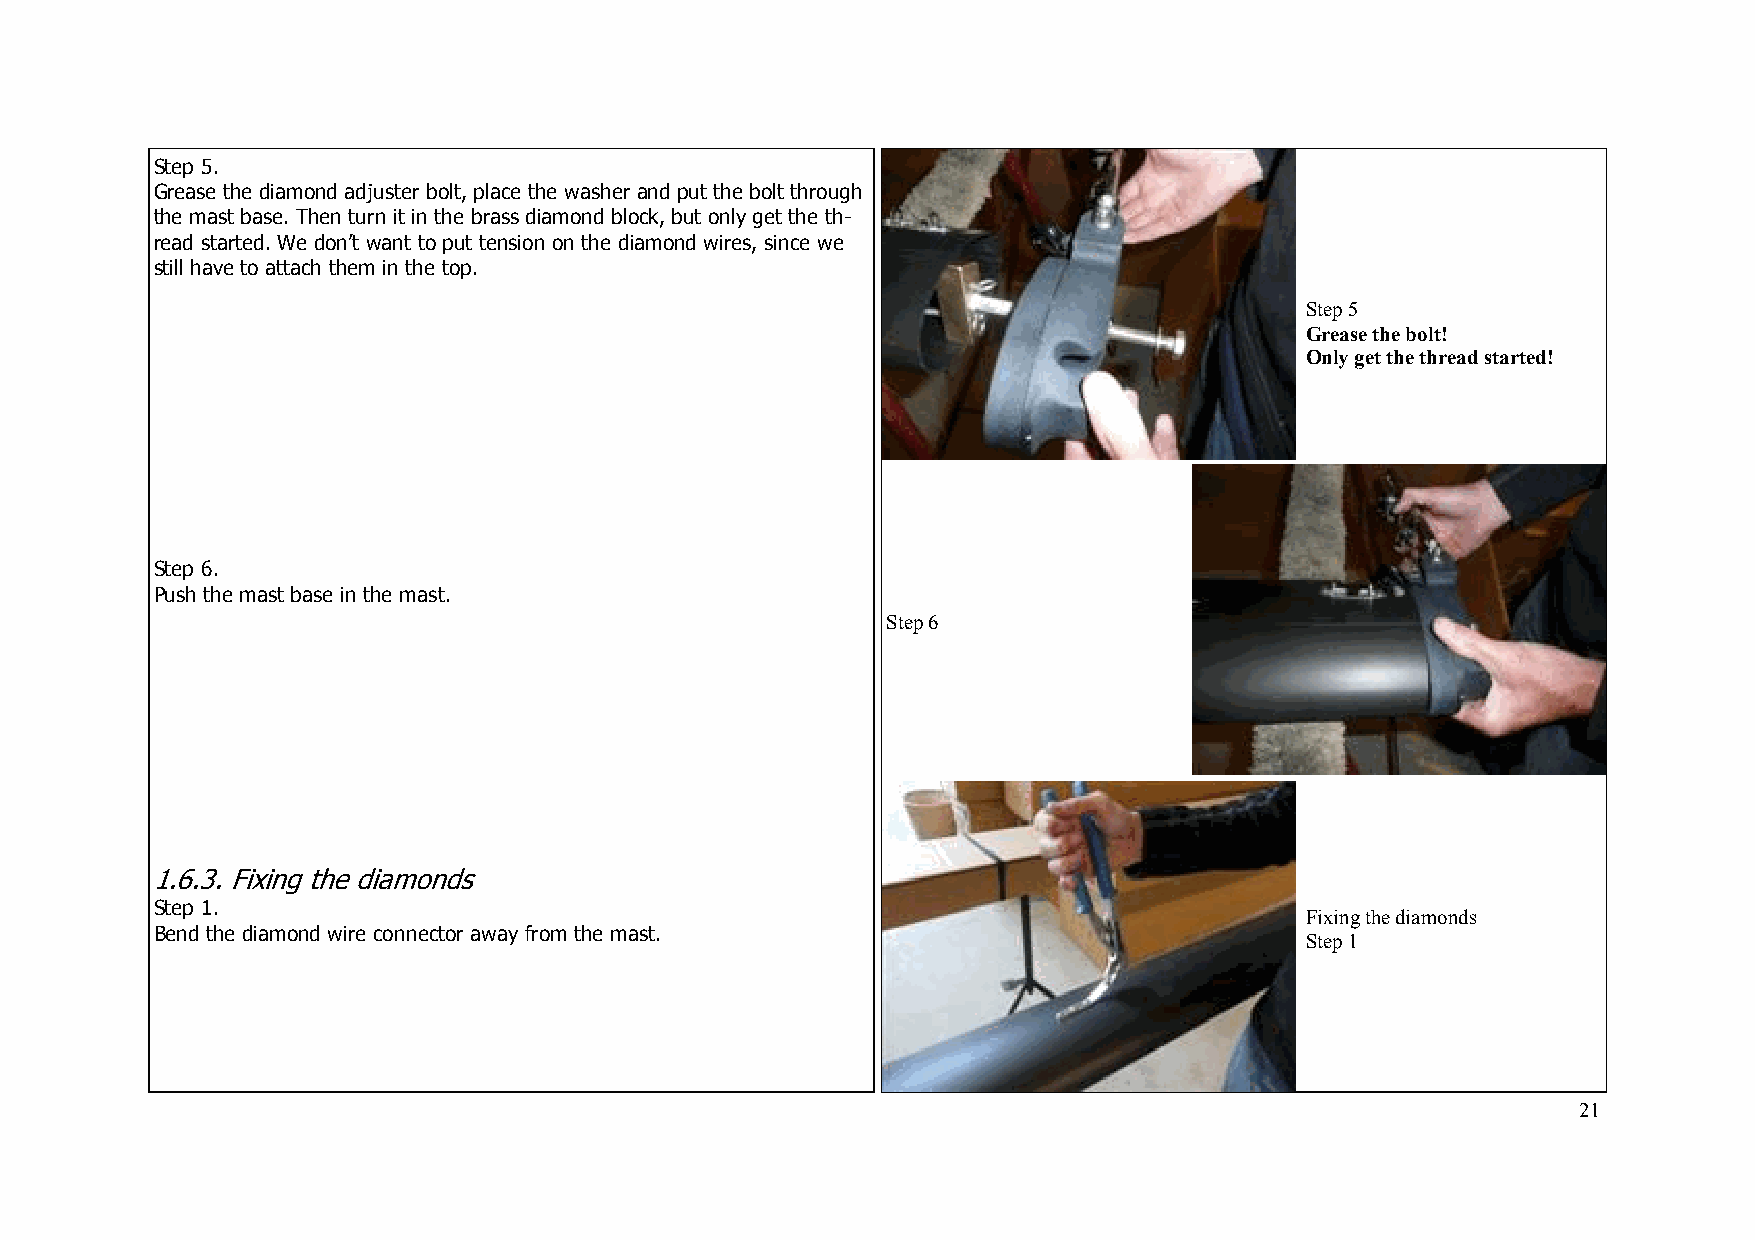
Step 5.
 Grease the diamond adjuster bolt, place the washer and put the bolt through
 the mast base. Then turn it in the brass diamond block, but only get the th-
 read started. We don’t want to put tension on the diamond wires, since we
 still have to attach them in the top.
 S tep 5
 Grease the bolt!
 Only get the thread started!
 Step 6.
 Push the mast base in the mast.
 Step 6
 1.6.3. Fixing the diamonds
 Step 1.
 Fixing the diamonds
 Bend the diamond wire connector away from the mast.
 Step 1
 21